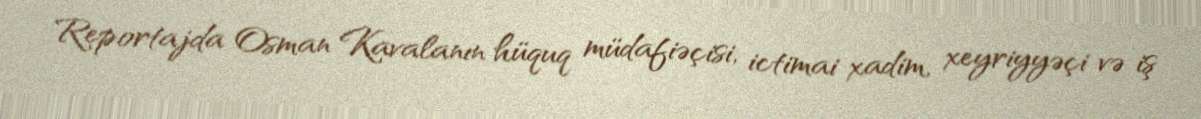
Reportajda Osman Kavalanın hüquq müdafiəçisi, ictimai xadim, xeyriyyəçi və iş